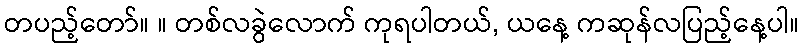
တပည့်တော်။ ။ တစ်လခွဲလောက် ကုရပါတယ်, ယနေ့ ကဆုန်လပြည့်နေ့ပါ။